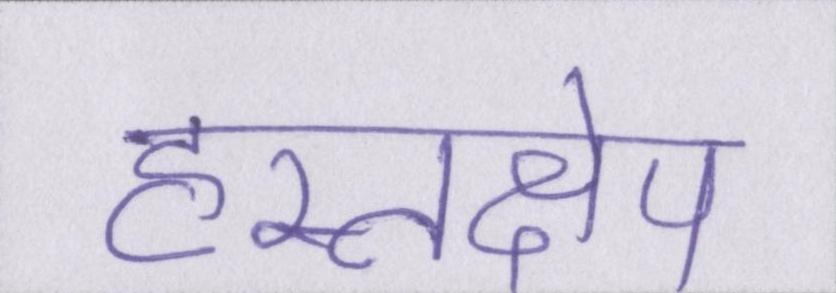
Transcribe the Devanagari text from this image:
हस्तक्षेप